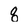
Character: q